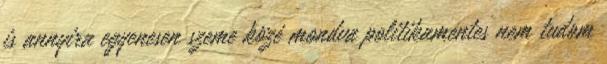
is annyira egyenesen szeme közé mondva politikamentes nem tudom